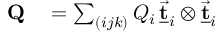
\begin{array} { r l } { { \bf Q } } & { { } = \sum _ { ( i j k ) } Q _ { i } \, \underline { { \vec { \bf t } } } _ { i } \otimes \underline { { \vec { \bf t } } } _ { i } } \end{array}